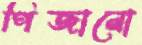
পিঁজানো